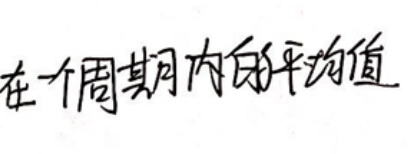
在一个周期内的平均值